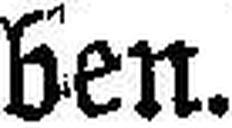
ben.